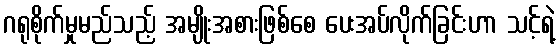
ဂရုစိုက်မှုမည်သည့် အမျိုးအစားဖြစ်စေ ပေးအပ်လိုက်ခြင်းဟာ သင့်ရဲ့